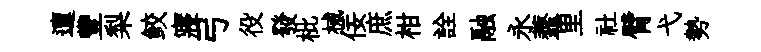
邅豐梨鲛寢弓役發枇械佞庶柑詮融永虀里社臂弋勢